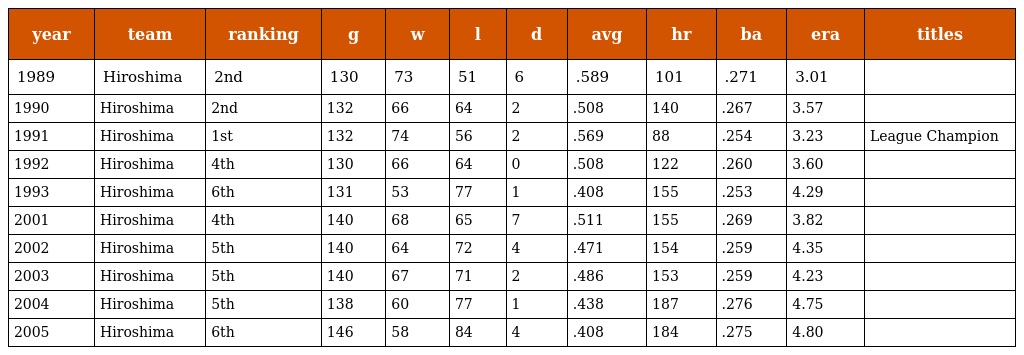
| year | team | ranking | g | w | l | d | avg | hr | ba | era | titles |
 | --- | --- | --- | --- | --- | --- | --- | --- | --- | --- | --- | --- |
 | 1989 | Hiroshima | 2nd | 130 | 73 | 51 | 6 | .589 | 101 | .271 | 3.01 |  |
 | 1990 | Hiroshima | 2nd | 132 | 66 | 64 | 2 | .508 | 140 | .267 | 3.57 |  |
 | 1991 | Hiroshima | 1st | 132 | 74 | 56 | 2 | .569 | 88 | .254 | 3.23 | League Champion |
 | 1992 | Hiroshima | 4th | 130 | 66 | 64 | 0 | .508 | 122 | .260 | 3.60 |  |
 | 1993 | Hiroshima | 6th | 131 | 53 | 77 | 1 | .408 | 155 | .253 | 4.29 |  |
 | 2001 | Hiroshima | 4th | 140 | 68 | 65 | 7 | .511 | 155 | .269 | 3.82 |  |
 | 2002 | Hiroshima | 5th | 140 | 64 | 72 | 4 | .471 | 154 | .259 | 4.35 |  |
 | 2003 | Hiroshima | 5th | 140 | 67 | 71 | 2 | .486 | 153 | .259 | 4.23 |  |
 | 2004 | Hiroshima | 5th | 138 | 60 | 77 | 1 | .438 | 187 | .276 | 4.75 |  |
 | 2005 | Hiroshima | 6th | 146 | 58 | 84 | 4 | .408 | 184 | .275 | 4.80 |  |